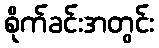
စိုက်ခင်းအတွင်း